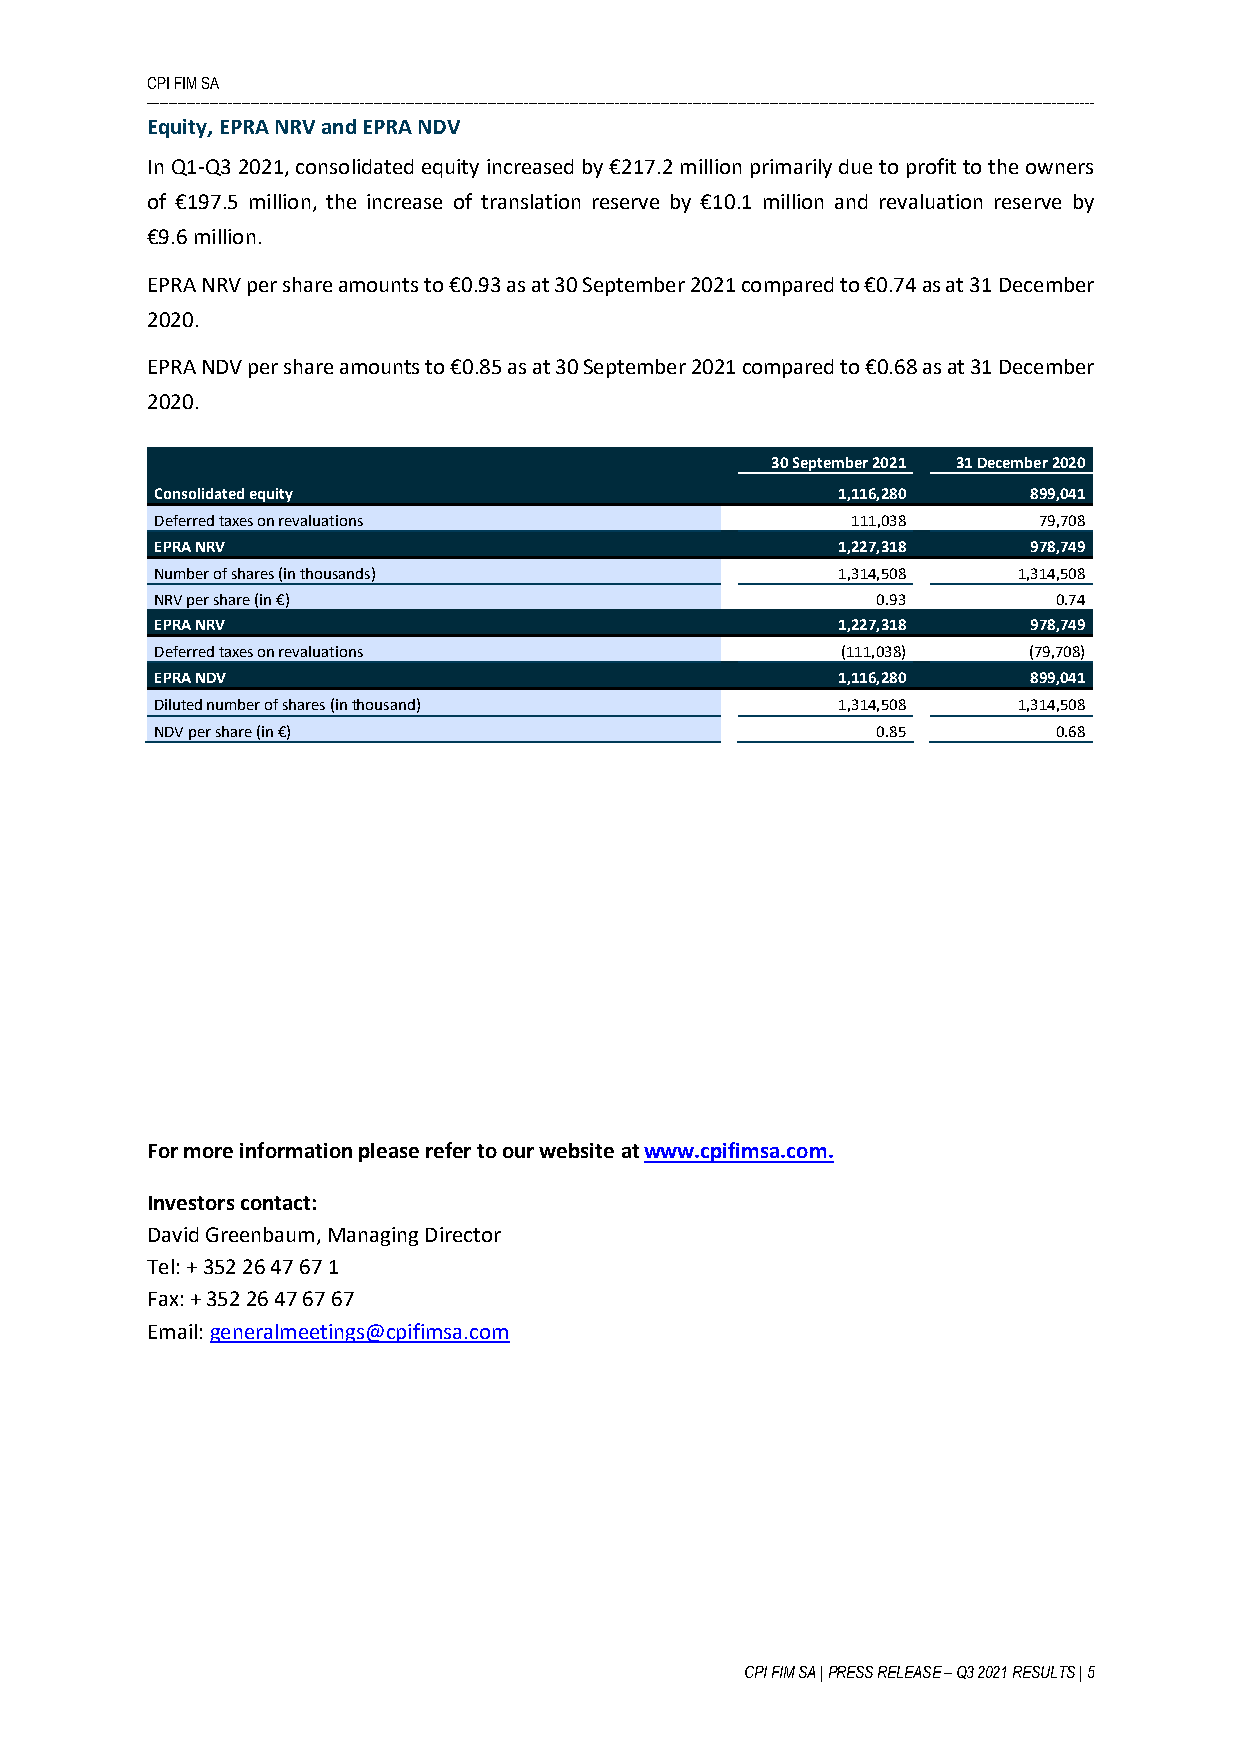
CPI FIM SA
 ----------------------------------------------------------------------------------------------------------------------------------------------------------------------------------------------------------------
 Equity, EPRA NRV and EPRA NDV
 In Q1-Q3 2021, consolidated equity increased by €217.2 million primarily due to profit to the owners
 of €197.5 million, the increase of translation reserve by €10.1 million and revaluation reserve by
 €9.6 million.
 EPRA NRV per share amounts to €0.93 as at 30 September 2021 compared to €0.74 as at 31 December
 2020.
 EPRA NDV per share amounts to €0.85 as at 30 September 2021 compared to €0.68 as at 31 December
 2020.
 30 September 2021 31 December 2020
 C onsolidated equity                         1,116,280    899,041
 Deferred taxes on revaluations                111,038      79,708
 EPRA NRV                                     1,227,318    978,749
 Number of shares (in thousands)              1,314,508   1,314,508
 NRV per share (in €)                            0.93        0.74
 EPRA NRV                                     1,227,318    978,749
 Deferred taxes on revaluations                (111,038)   (79,708)
 EPRA NDV                                     1,116,280    899,041
 Diluted number of shares (in thousand)       1,314,508   1,314,508
 NDV per share (in €)                            0.85        0.68
 For more information please refer to our website at www.cpifimsa.com.
 Investors contact:
 David Greenbaum, Managing Director
 Tel: + 352 26 47 67 1
 Fax: + 352 26 47 67 67
 Email: generalmeetings@cpifimsa.com
 CPI FIM SA | PRESS RELEASE – Q3 2021 RESULTS | 5